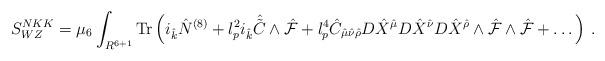
LaTeX: \begin{align*}S^{N KK}_{WZ}=\mu_6\int_{R^{6+1}}{\rm Tr}\left( i_{\hat k}{\hat N}^{(8)}+l_p^2 i_{\hat k}{\hat {\tilde C}}\wedge {\hat {\cal F}}+l_p^4{\hat C}_{{\hat \mu}{\hat \nu}{\hat \rho}}D{\hat X}^{\hat \mu}D{\hat X}^{\hat \nu}D{\hat X}^{\hat \rho}\wedge {\hat {\cal F}}\wedge{\hat {\cal F}}+\dots\right)\, .\end{align*}